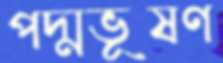
পদ্মভূষণ